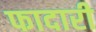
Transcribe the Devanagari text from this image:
फादारी